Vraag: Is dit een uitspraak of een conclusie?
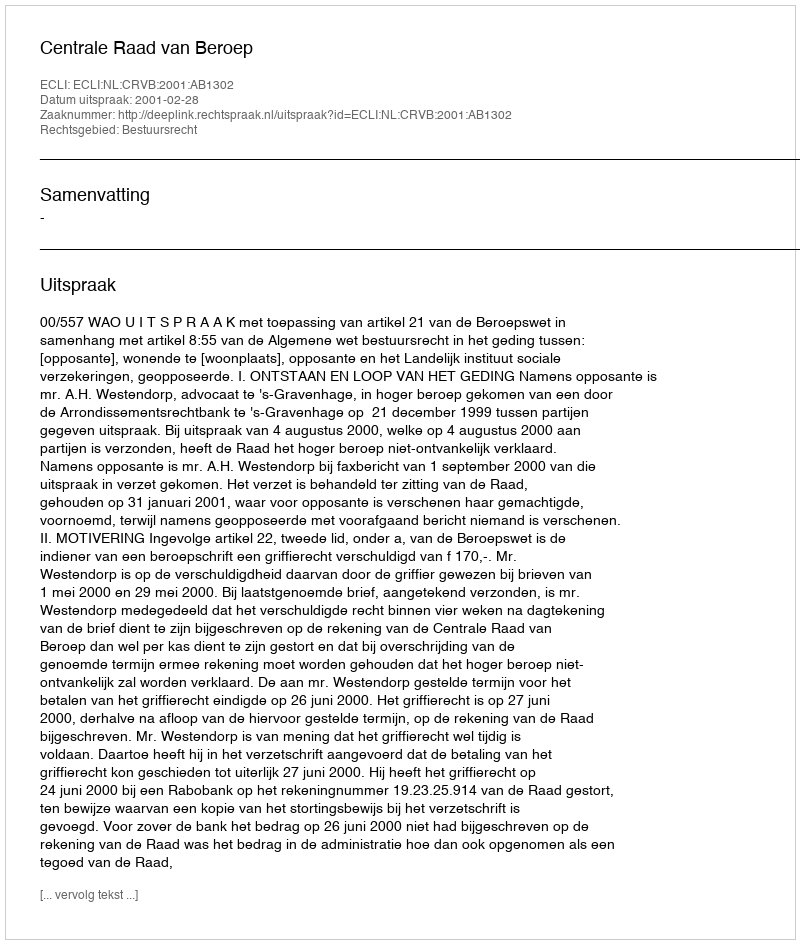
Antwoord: Uitspraak